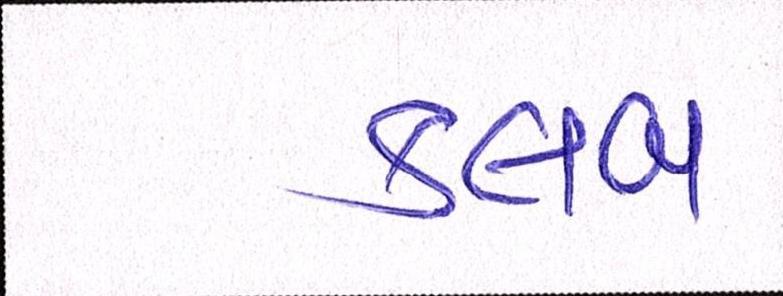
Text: ક્લબ